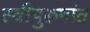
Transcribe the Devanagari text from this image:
स्त्रीपुरुषांत